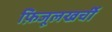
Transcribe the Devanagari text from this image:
फ़िजूलखर्ची